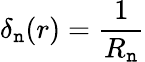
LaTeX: \delta_{\mathtt{n}}(r)={\frac{{1}}{{R_{\mathtt{n}}}}}